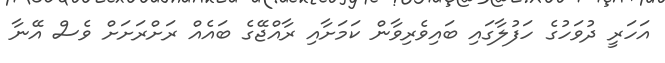
އަހަރީ ދުވަހުގެ ހަފުލާގައި ބައިވެރިވާން ކަމަށާއި ރާއްޖޭގެ ބައެއް ރަށްރަށަށް ވެސް އޭނާ